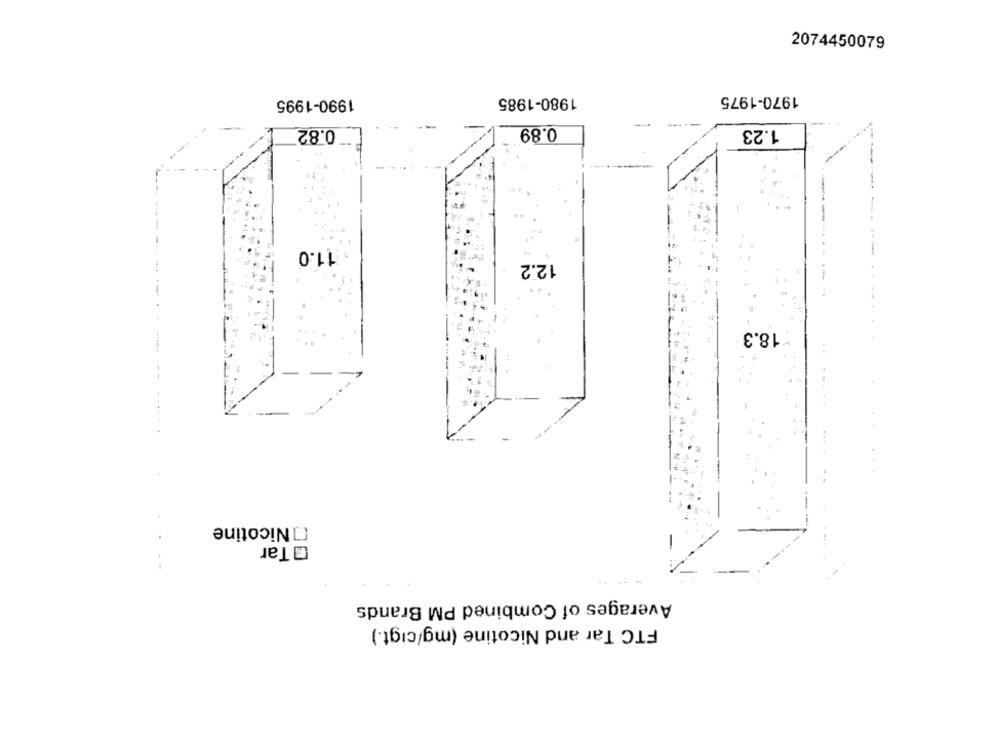
2074450079
1980-1985
1970-1975
1990-1995
-
0.82
0.89
1.23
-------
11.0
12.2
18.3
[]Nicotine
Tar
Averages of Combined PM Brands
FTC Tar and Nicotine (mg/cigt.)